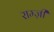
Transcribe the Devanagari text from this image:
राम्ज़ी